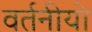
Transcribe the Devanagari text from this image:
वर्तनीयो